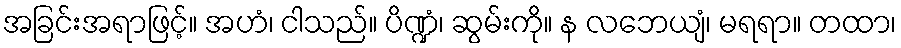
အခြင်းအရာဖြင့်။ အဟံ၊ ငါသည်။ ပိဏ္ဍံ၊ ဆွမ်းကို။ န လဘေယျံ၊ မရရာ။ တထာ၊